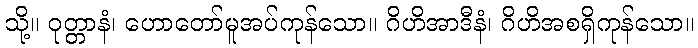
သို့။ ဝုတ္တာနံ၊ ဟောတော်မူအပ်ကုန်သော။ ဂိဟိအာဒီနံ၊ ဂိဟိအစရှိကုန်သော။